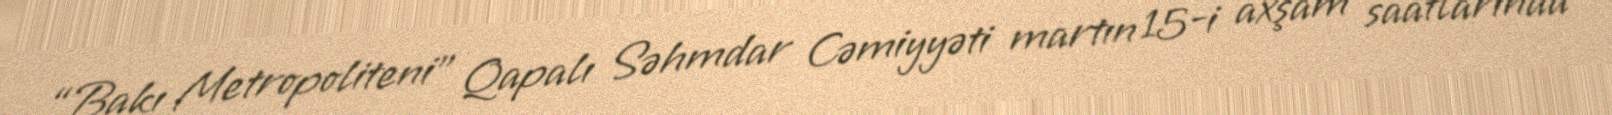
“Bakı Metropoliteni” Qapalı Səhmdar Cəmiyyəti martın 15-i axşam saatlarında